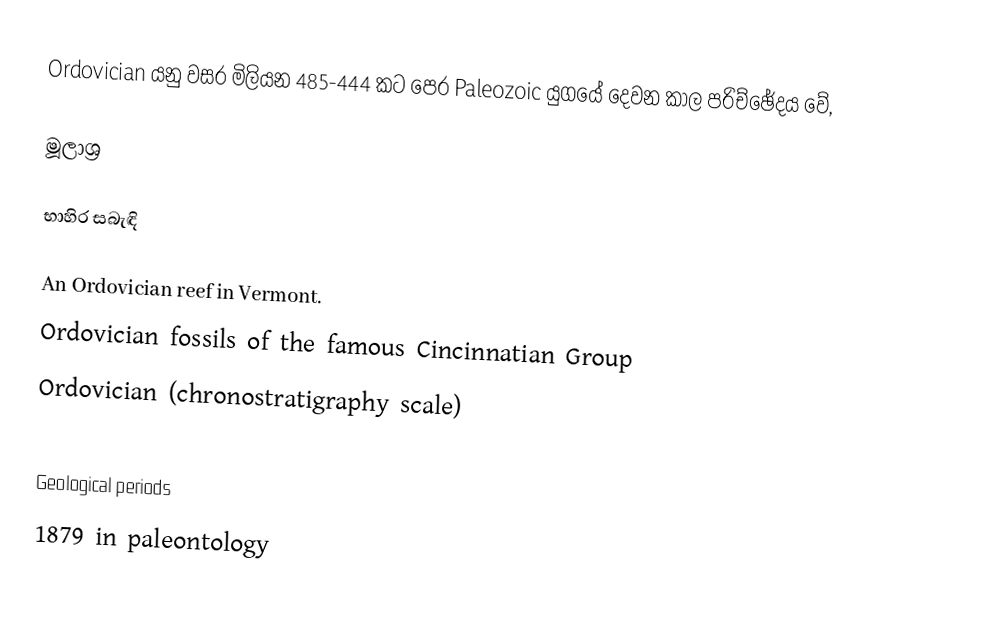
Ordovician යනු වසර මිලියන 485-444 කට පෙර Paleozoic යුගයේ දෙවන කාල පරිච්ඡේදය වේ,

මූලාශ්‍ර

භාහිර සබැඳි

 An Ordovician reef in Vermont.
Ordovician fossils of the famous Cincinnatian Group
Ordovician (chronostratigraphy scale)

Geological periods
1879 in paleontology